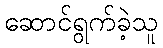
ဆောင်ရွက်ခဲ့သူ